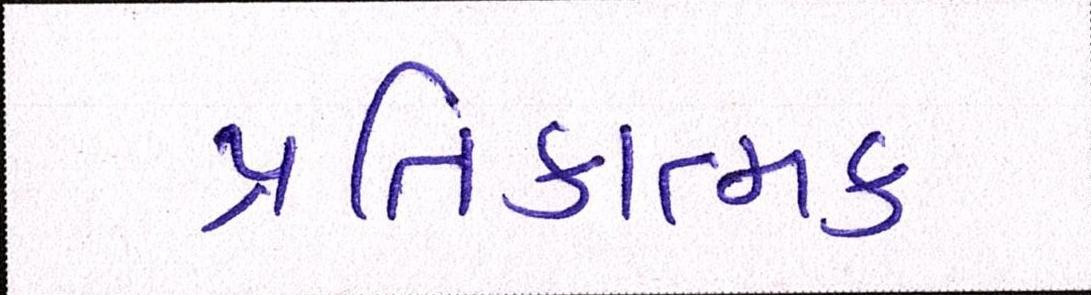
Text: પ્રતિકાત્મક